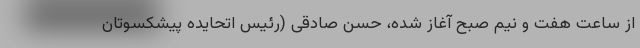
از ساعت هفت و نیم صبح آغاز شده، حسن صادقی (رئیس اتحایده پیشکسوتان